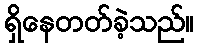
ရှိနေတတ်ခဲ့သည်။